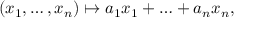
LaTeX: ( x _ { 1 } , \ldots , x _ { n } ) \mapsto a _ { 1 } x _ { 1 } + \ldots + a _ { n } x _ { n } ,